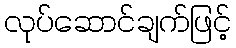
လုပ်ဆောင်ချက်ဖြင့်